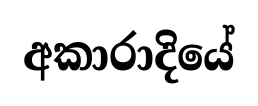
අකාරාදියේ